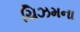
ચિઝમના